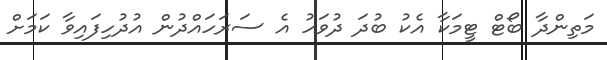
މަތިންދާ ބޯޓް ޓީމަކާ އެކު ބުދަ ދުވަހު އެ ސަރަހައްދުން އުދުހިފައިވާ ކަމަށް